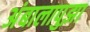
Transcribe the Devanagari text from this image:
अंबालापुझा